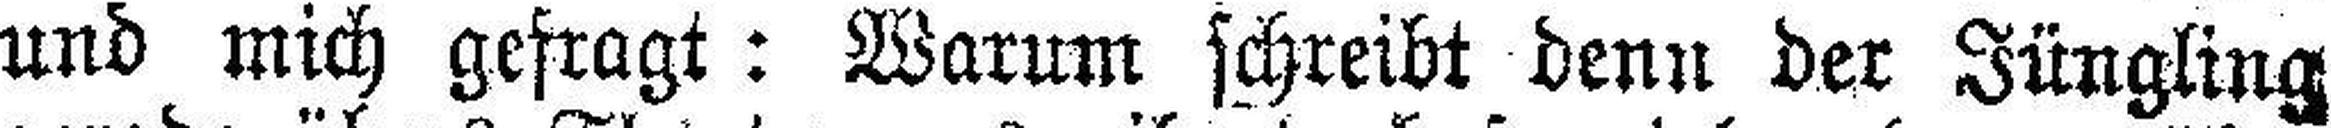
und mich gefragt: Warum schreibt denn der Jüngling